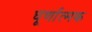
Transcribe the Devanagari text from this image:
घूर्णात्मक